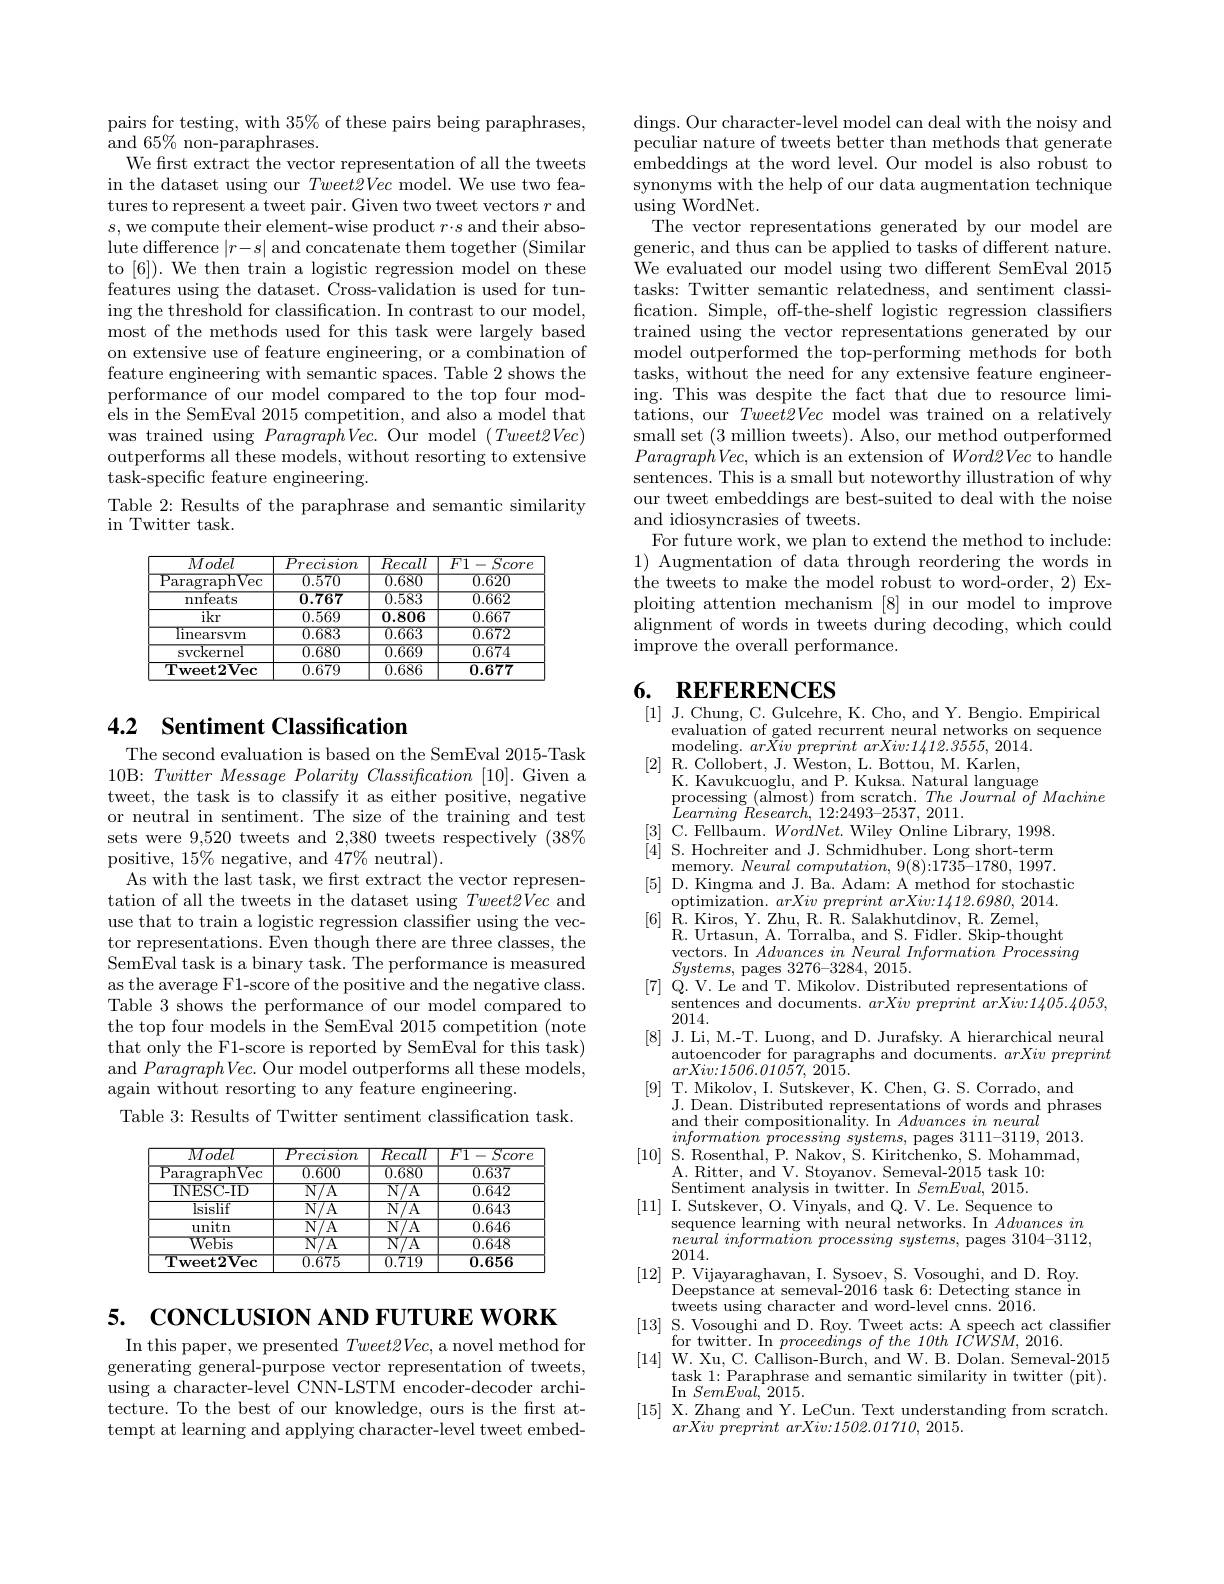
pairs for testing, with 35% of these pairs being paraphrases,
${\mathrm{and~65\%~non-paraphrases.}}$
We first extract the vector representation of all the tweets in the dataset using our $Tw$ tures to represent a tweet pair. Given two tweet vectors $r$ and $s$,we compute their element-wise product $r\cdot s$ and their absolute difference $|r-s|$ and concatenate them together (Similar to [6]). We then train a log features using the dataset. Cross-validation is used for tuning the threshold for classification. In contrast to our model, most of the methods used for this task were largely based on extensive use of feature engineering, or a combination of feature engineering with semantic spaces. Table 2 shows the performance of our model com els in the SemEval 2015 comp was trained using ParagraphVec. Our model $(Tweet2Vec)$ outperforms all these models, without resorting to extensive task-specific feature engineering.
Table 2: Results of the paraphrase and semantic similarity
in Twitter task

<table>
	<tbody>
		<tr>
			<th>Model</th>
			<th>Precision</th>
			<th>$\overline{Recall}$</th>
			<th>$\overline{F1-Score}$</th>
		</tr>
		<tr>
			<td>P $\operatorname{aragraphVec}$</td>
			<td>0.570</td>
			<td>0.680</td>
			<td>0.620</td>
		</tr>
		<tr>
			<td>$\operatorname{nnfeats}$</td>
			<td>0.767</td>
			<td>0.583</td>
			<td>0.662</td>
		</tr>
		<tr>
			<td>$\overline{\mathrm{ikr}}$</td>
			<td>0.569</td>
			<td>0.806</td>
			<td>0.667</td>
		</tr>
		<tr>
			<td>linearsvm</td>
			<td>0.683</td>
			<td>0.663</td>
			<td>$\overline{0.672}$</td>
		</tr>
		<tr>
			<td>svckernel</td>
			<td>0.680</td>
			<td>0.669</td>
			<td>0.674</td>
		</tr>
		<tr>
			<td>$\overline{\mathrm{Tweet2Vec}}$</td>
			<td>0.679</td>
			<td>0.686</td>
			<td>0.677</td>
		</tr>
	</tbody>
</table>

# 4.2 Sentiment Classificati

The second evaluation is based on the SemEval 2015-Task 10B: $Twitter\textit{ Message Polarity Classification [ 10] . Given a}$ tweet, the task is to classify it as either positive, negative or neutral in sentiment. The sets were 9,520 tweets and 2,380 tweets respectively (38% positive, 15% negative, and 47% neutral).
As with the last task, we frst extract the vector representation of all the tweets in the dataset using $Tweet2Vec$ and use that to train a logistic tor representations. Even th SemEval task is a binary task. The performance is measured as the average F1-score of the positive and the negative class. Table 3 shows the performance of our model compared to the top four models in the SemEval 2015 competition (note that only the F1-score is reported by SemEval for this task) and $\textit{ParagraphVec. Our mod}$ again without resorting to any feature engineering.
Table 3: Results of Twitter sentiment classification task.

<table>
	<tbody>
		<tr>
			<th>Model</th>
			<th>Precision</th>
			<th>Recall</th>
			<th>$\overline{F1-S}$ $\overline{Scor\epsilon}$</th>
		</tr>
		<tr>
			<td>$\mathrm{P}_{i}$ $\overline{\text{aragraphVec}}$</td>
			<td>$\overline{0.600}$</td>
			<td>0.680</td>
			<td>0.637</td>
		</tr>
		<tr>
			<td>INESC-ID</td>
			<td>$\overline{\mathrm{N/A}}$</td>
			<td>N/ A</td>
			<td>0.642</td>
		</tr>
		<tr>
			<td>lsislif</td>
			<td>$N/A$</td>
			<td>$\overline{\mathrm{N/A}}$</td>
			<td>0.643</td>
		</tr>
		<tr>
			<td>unitn</td>
			<td>$\overline{\mathrm{N/A}}$</td>
			<td>$\overline{\mathrm{N/A}}$</td>
			<td>0.646</td>
		</tr>
		<tr>
			<td>Webis</td>
			<td>$N/A$</td>
			<td>$N/A$</td>
			<td>0.648</td>
		</tr>
		<tr>
			<td>$\mathbf{Tweet2Vec}$</td>
			<td>0.675</td>
			<td>0.719</td>
			<td>0.656</td>
		</tr>
	</tbody>
</table>

CONCLUSION AND FUTURE WORK

5.

In this paper, we presented generating general-purpose v using a character-level CNN-LSTM encoder-decoder architecture. To the best of our knowledge, ours is the frst attempt at learning and applyi

dings. Our character-level m peculiar nature of tweets be embeddings at the word level. Our model is also robust to synonyms with the help of our data augmentation technique $\mathop{\operatorname*{\operatorname*{using~}}}$WordNet.
The vector representations g generic, and thus can be applied to tasks of different nature. We evaluated our model using two different SemEval 2015 tasks: Twitter semantic rela fication. Simple, off-the-shelf logistic regression classifiers trained using the vector representations generated by our model outperformed the top-p tasks, without the need for any extensive feature engineering. This was despite the fact that due to resource limitations, our $Tweet2Vec$ model was trained on a relatively small set (3 million tweets) $ParagraphVec$, which is an extension of $Word2Vec$ to handle sentences. This is a small but noteworthy illustration of why our tweet embeddings are best-suited to deal with the noise and idiosyncrasies of tweets.
For future work, we plan to 1) Augmentation of data through reordering the words in the tweets to make the model robust to word-order, 2) Exploiting attention mechanism [8] in our model to improve alignment of words in tweets improve the overall performance.

## 6. REFERENCES [1] J. Chung, C. Gulcehre,

evaluation of gated recurrent neural networks on sequence
modeling. arXiv preprint a $[2]\begin{array}{lll}{\mathrm{R.~Collobert,~J.~Weston,~L.~Bottou,~M.~Karlen,~}}\\{\mathrm{I.~Collobert,~J.~Weston,~L.~Bottou,~M.~Karlen,~}}\end{array}$
K. Kavukcuoglu, and P. Kuksa
processing (almost) from scratch. $The\textit{Journal of Machine}$
$\textit{Learning Research, 12: 249}$
[3] C. Fellbaum. $WordNet.$ Wiley Online Library, 1998. [5] D. Kingma and J. Ba. A
optimization. $arXiv preprint arXiv: 1412. 6980, 2014.$
R. Urtasun, A. Torralba, and S. Fidler. Skip- thought vectors. In $AdvancesinNeural\textit{Information Processing}$ $Systems$, pages 3276-3284,
[7] Q. V. Le and T. Mikolov. Distributed representations of
sentences and documents. $arXiv\textit{ preprint arXiv: 1405. 4053, }$
2014.
[8] J. Li, M.-T. Luong, and D. Jurafsky. A hierarchical neural
autoencoder for paragraphs a
$arXiv{:}1506.01057,2015.$
[9] T. Mikolov, I. Sutskever, K. Chen, G. S. Corrado, and
J. Dean. Distributed represe
and their compositionality. In $Advancesin\textit{neural}$
$information processing systems, $pages 3111- 3119, 2013. [10] S. Rosenthal, P. Nakov, S. Kiritchenko, S. Mohammad,
A. Ritter, and V. Stoyanov. Semeval-2015 task 10:
Sentiment analysis in twitter. In $SemEval,2015.$
[11] I. Sutskever, O. Vinyals, and Q. V. Le. Sequence to
sequence learning with neural networks. In Advancesin $neural\textit{ information processing systems, pages 3104- 3112, }$ 2014.
[12] P. Vijayaraghavan, I. Sysoev, S. Vosoughi, and D. Roy.
Deepstance at semeval-2016 task 6: Detecting stance in
tweets using character and w
[13] S. Vosoughi and D. Roy. Tweet acts: A speech act classifier
for twitter. In $proceedingsofthe10thICWSM,2016.$
[14] W. Xu, C. Callison-Burch, and W. B. Dolan. Semeval-2015
task 1: Paraphrase and seman
In $SemEval,^{*}2015.$
[15] X. Zhang and Y. LeCun. Text understanding from scratch.
$arXiv\textit{ preprint arXiv: 1502}$